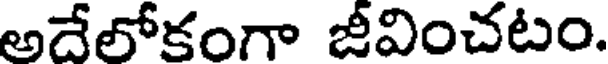
అదేలోకంగా జీవించటం.